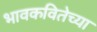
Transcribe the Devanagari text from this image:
भावकवितेच्या